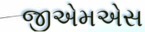
જીએમએસ